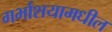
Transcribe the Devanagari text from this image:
गर्भाशयामधील